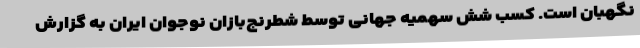
نگهبان است. کسب شش سهمیه جهانی توسط شطرنج‌بازان نوجوان ایران به گزارش